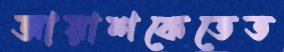
আয়াশকেতেত